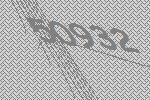
50932